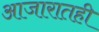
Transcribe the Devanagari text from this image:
आजारातही